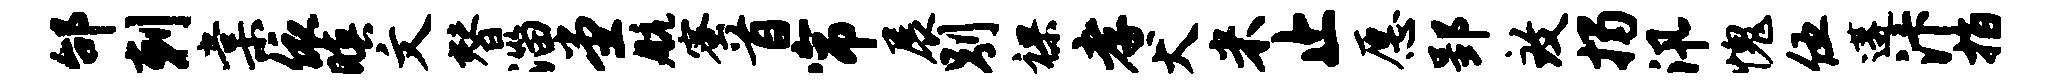
邰剌棠依暝文替淄堂航蜜首帘展别裸孝犬米止愿郢致揭汛愧伍遘汴指